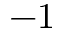
- 1